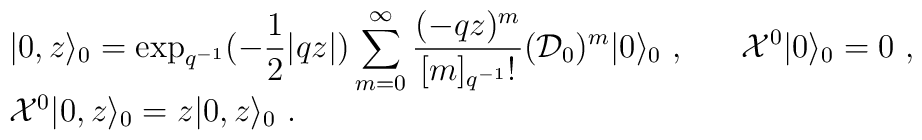
\begin{array}{l}\vert 0, z\rangle_0=\displaystyle\exp_{q^{-1}}(-\frac{1}{2}|qz|)\sum_{m=0}^\infty                   \frac{(-qz)^m}{[m]_{q^{-1}}!}({\cal D}_0)^m\vert 0                   \rangle_0~,~~~~~{\cal X}^0\vert 0\rangle_0=0~,\\{\cal X}^{0}\vert 0,z\rangle_{0}=z\vert 0,z\rangle_{0}~.\end{array}